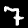
Label: 7